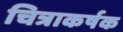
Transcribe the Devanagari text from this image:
चित्राकर्षक